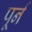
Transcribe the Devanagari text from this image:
पूर्न